Treatise on elephants
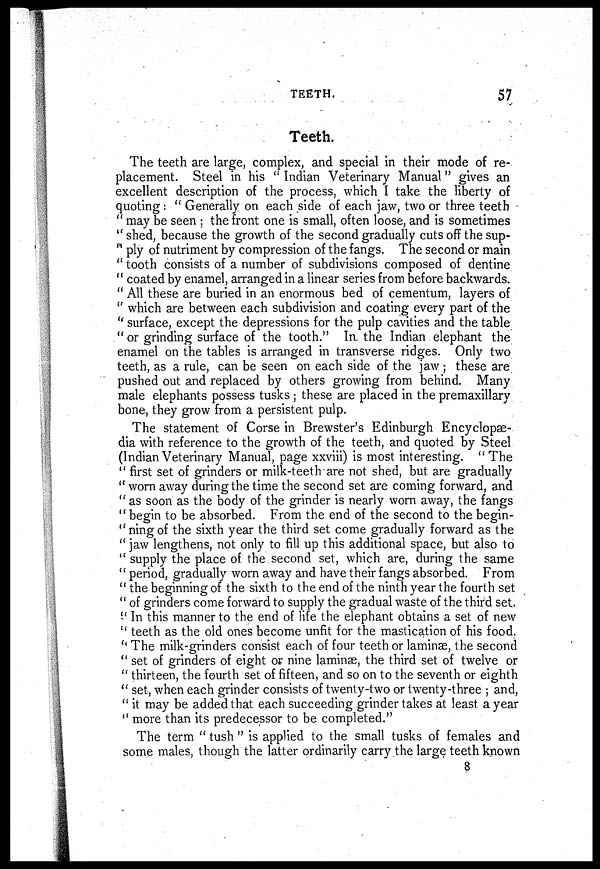
TEETH.
57
Teeth.
The teeth are large, complex, and special in their mode of re-
placement. Steel in his "Indian Veterinary Manual" gives an
excellent description of the process, which I take the liberty of
quoting: " Generally on each side of each jaw, two or three teeth
"may be seen ; the front one is small, often loose, and is sometimes
" shed, because the growth of the second gradually cuts off the sup-
" ply of nutriment by compression of the fangs. The second or main
"tooth consists of a number of subdivisions composed of dentine
" coated by enamel, arranged in a linear series from before backwards.
" All these are buried in an enormous bed of cementum, layers of
" which are between each subdivision and coating every part of the
" surface, except the depressions for the pulp cavities and the table
" or grinding surface of the tooth." In the Indian elephant the
enamel on the tables is arranged in transverse ridges. Only two
teeth, as a rule, can be seen on each side of the jaw; these are
pushed out and replaced by others growing from behind. Many
male elephants possess tusks ; these are placed in the premaxillary
bone, they grow from a persistent pulp.
The statement of Corse in Brewster's Edinburgh Encyclopae-
dia with reference to the growth of the teeth, and quoted by Steel
(Indian Veterinary Manual, page xxviii) is most interesting. "The
" first set of grinders or milk-teeth are not shed, but are gradually
" worn away during the time the second set are coming forward, and
" as soon as the body of the grinder is nearly worn away, the fangs
" begin to be absorbed. From the end of the second to the begin-
ning of the sixth year the third set come gradually forward as the
" jaw lengthens, not only to fill up this additional space, but also to
" supply the place of the second set, which are, during the same
" period, gradually worn away and have their fangs absorbed. From
" the beginning of the sixth to the end of the ninth year the fourth set
" of grinders come forward to supply the gradual waste of the third set.
" In this manner to the end of life the elephant obtains a set of new
" teeth as the old ones become unfit for the mastication of his food.
" The milk-grinders consist each of four teeth or laminae, the second
" set of grinders of eight or nine laminae, the third set of twelve or
" thirteen, the fourth set of fifteen, and so on to the seventh or eighth
" set, when each grinder consists of twenty-two or twenty-three ; and,
" it may be added that each succeeding grinder takes at least a year
" more than its predecessor to be completed."
The term " tush " is applied to the small tusks of females and
some males, though the latter ordinarily carry the large teeth known
8